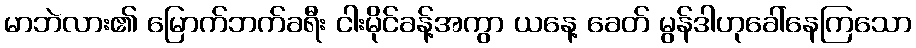
မာဘဲလား၏ မြောက်ဘက်ခရီး ငါးမိုင်ခန့်အကွာ ယနေ့ ခေတ် မွန်ဒါဟုခေါ်နေကြသော